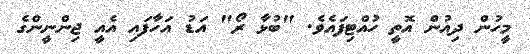
މީހުން ދިއުން އޮތީ ހުއްޓިފައެވެ. "ބުޅާ ރޯ" އަޑު އަހާފައި އެއީ ޖިންނީންގެ